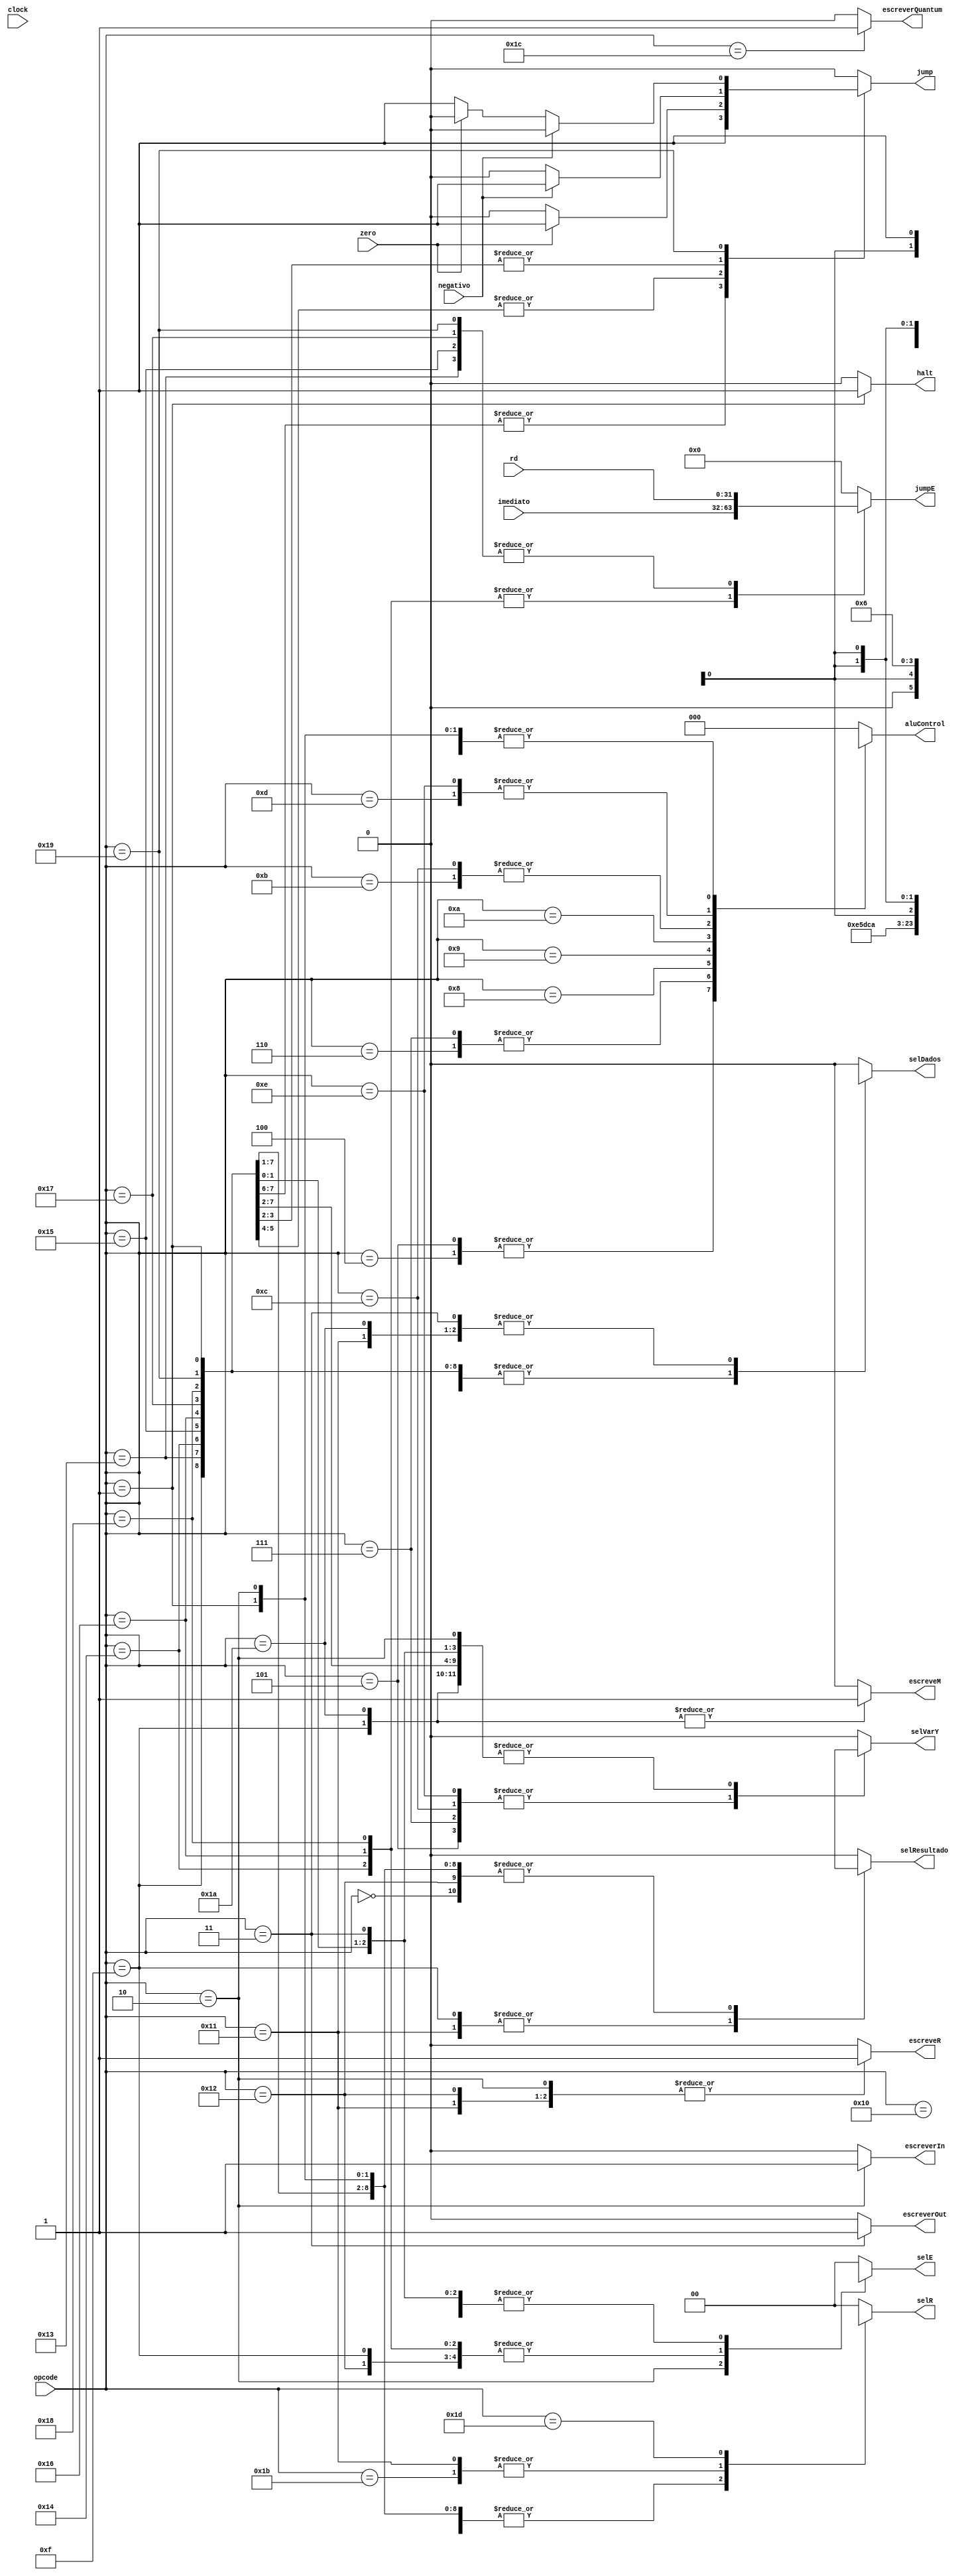
module UniControle (
    clock,
    opcode,
    rd,
    imediato,
    zero,
    negativo,
    aluControl,
    escreveR,
    selR,
    escreveM,
    jump,
    selE,
    selVarY,
    selResultado,
    selDados,
    jumpE,
    halt,
    escreverOut,
    escreverIn,
    escreverQuantum
);

input wire clock;
input wire [4:0] opcode;
input wire [31:0] rd;
input wire [31:0] imediato;
input wire zero, negativo;

output reg [2:0] aluControl;
output reg escreveR;
output reg [1:0] selR;
output reg escreveM;
output reg jump;
output reg [1:0] selE;
output reg selVarY;
output reg selResultado;
output reg selDados;
output reg [31:0] jumpE;
output reg halt;
output reg escreverOut;
output reg escreverIn;
output reg escreverQuantum;

always @(*) begin
    case (opcode)
        5'b00000: begin // NOP
            selDados=1'bx;
            escreveR=1'b0;
            aluControl=3'bxxx;
            selE=2'bxx;
            selVarY=1'bx;
            selR=1'bx;
            selResultado=1'bx;
            escreveM=1'b0;
            jumpE=32'b0;
            jump=1'b0;
            halt=1'b0;
            escreverOut=1'b0;
            escreverIn=1'b0;
            escreverQuantum=1'b0;
        end
        5'b00001: begin // HLT
            selDados=1'bx;
            escreveR=1'b0;
            aluControl=3'bxxx;
            selE=2'bxx;
            selVarY=1'bx;
            selR=1'bx;
            selResultado=1'bx;
            escreveM=1'b0;
            jumpE=32'b0;
            jump=1'b0;
            halt=1'b1;
            escreverOut=1'b0;
            escreverIn=1'b0;
            escreverQuantum=1'b0;
        end
        5'b00010: begin // IN
            selDados=1'b0;
            escreveR=1'b1;
            aluControl=3'bxxx;
            selE=2'b10;
            selVarY=1'bx;
            selR=1'bx;
            selResultado=1'bx;
            escreveM=1'b0;
            jumpE=32'b0;
            jump=1'b0;
            halt=1'b0;
            escreverOut=1'b0;
            escreverIn=1'b1;
            escreverQuantum=1'b0;
        end
        5'b00011: begin // OUT
            selDados=1'b1;
            escreveR=1'b0;
            aluControl=3'b000;
            selE=2'bxx;
            selVarY=1'bx;
            selR=2'b00;
            selResultado=1'b0;
            escreveM=1'b0;
            jumpE=32'b0;
            jump=1'b0;
            halt=1'b0;
            escreverOut=1'b1;
            escreverIn=1'b0;
            escreverQuantum=1'b0;
        end
        5'b00100: begin // AND
            selDados=1'b1;
            escreveR=1'b1;
            aluControl=3'b011;
            selE=2'bxx;
            selVarY=1'b0;
            selR=2'b00;
            selResultado=1'b0;
            escreveM=1'b0;
            jumpE=32'b0;
            jump=1'b0;
            halt=1'b0;
            escreverOut=1'b0;
            escreverIn=1'b0;
            escreverQuantum=1'b0;
        end
        5'b00101: begin // ANDI
            selDados=1'b1;
            escreveR=1'b1;
            aluControl=3'b011;
            selE=2'b00;
            selVarY=1'b1;
            selR=2'b00;
            selResultado=1'b0;
            escreveM=1'b0;
            jumpE=32'b0;
            jump=1'b0;
            halt=1'b0;
            escreverOut=1'b0;
            escreverIn=1'b0;
            escreverQuantum=1'b0;
        end
        5'b00110: begin // OR
            selDados=1'b1;
            escreveR=1'b1;
            aluControl=3'b100;
            selE=2'bxx;
            selVarY=1'b0;
            selR=2'b00;
            selResultado=1'b0;
            escreveM=1'b0;
            jumpE=32'b0;
            jump=1'b0;
            halt=1'b0;
            escreverOut=1'b0;
            escreverIn=1'b0;
            escreverQuantum=1'b0;
        end
        5'b00111: begin // ORI
            selDados=1'b1;
            escreveR=1'b1;
            aluControl=3'b100;
            selE=2'b00;
            selVarY=1'b1;
            selR=2'b00;
            selResultado=1'b0;
            escreveM=1'b0;
            jumpE=32'b0;
            jump=1'b0;
            halt=1'b0;
            escreverOut=1'b0;
            escreverIn=1'b0;
            escreverQuantum=1'b0;
        end
        5'b01000: begin // MULT
            selDados=1'b1;
            escreveR=1'b1;
            aluControl=3'b101;
            selE=2'bxx;
            selVarY=1'b0;
            selR=2'b00;
            selResultado=1'b0;
            escreveM=1'b0;
            jumpE=32'b0;
            jump=1'b0;
            halt=1'b0;
            escreverOut=1'b0;
            escreverIn=1'b0;
            escreverQuantum=1'b0;
        end
        5'b01001: begin // DIV
            selDados=1'b1;
            escreveR=1'b1;
            aluControl=3'b110;
            selE=2'bxx;
            selVarY=1'b0;
            selR=2'b00;
            selResultado=1'b0;
            escreveM=1'b0;
            jumpE=32'b0;
            jump=1'b0;
            halt=1'b0;
            escreverOut=1'b0;
            escreverIn=1'b0;
            escreverQuantum=1'b0;
        end
        5'b01010: begin // NOT
            selDados=1'b1;
            escreveR=1'b1;
            aluControl=3'b111;
            selE=2'bxx;
            selVarY=1'bx;
            selR=2'b00;
            selResultado=1'b0;
            escreveM=1'b0;
            jumpE=32'b0;
            jump=1'b0;
            halt=1'b0;
            escreverOut=1'b0;
            escreverIn=1'b0;
            escreverQuantum=1'b0;
        end
        5'b01011: begin // ADD
            selDados=1'b1;
            escreveR=1'b1;
            aluControl=3'b001;
            selE=2'bxx;
            selVarY=1'b0;
            selR=2'b00;
            selResultado=1'b0;
            escreveM=1'b0;
            jumpE=32'b0;
            jump=1'b0;
            halt=1'b0;
            escreverOut=1'b0;
            escreverIn=1'b0;
            escreverQuantum=1'b0;
        end
        5'b01100: begin // ADDI
            selDados=1'b1;
            escreveR=1'b1;
            aluControl=3'b001;
            selE=2'b00;
            selVarY=1'b1;
            selR=2'b00;
            selResultado=1'b0;
            escreveM=1'b0;
            jumpE=32'b0;
            jump=1'b0;
            halt=1'b0;
            escreverOut=1'b0;
            escreverIn=1'b0;
            escreverQuantum=1'b0;
        end
        5'b01101: begin // SUB
            selDados=1'b1;
            escreveR=1'b1;
            aluControl=3'b010;
            selE=2'bxx;
            selVarY=1'b0;
            selR=2'b00;
            selResultado=1'b0;
            escreveM=1'b0;
            jumpE=32'b0;
            jump=1'b0;
            halt=1'b0;
            escreverOut=1'b0;
            escreverIn=1'b0;
            escreverQuantum=1'b0;
        end
        5'b01110: begin // SUBI
            selDados=1'b1;
            escreveR=1'b1;
            aluControl=3'b010;
            selE=2'b00;
            selVarY=1'b1;
            selR=2'b00;
            selResultado=1'b0;
            escreveM=1'b0;
            jumpE=32'b0;
            jump=1'b0;
            halt=1'b0;
            escreverOut=1'b0;
            escreverIn=1'b0;
            escreverQuantum=1'b0;
        end
        5'b01111: begin // STORE
            selDados=1'bx;
            escreveR=1'b0;
            aluControl=3'bxxx;
            selE=2'b01;
            selVarY=1'bx;
            selR=1'bx;
            selResultado=1'b1;
            escreveM=1'b1;
            jumpE=32'b0;
            jump=1'b0;
            halt=1'b0;
            escreverOut=1'b0;
            escreverIn=1'b0;
            escreverQuantum=1'b0;
        end
        5'b10000: begin // MOVE
            selDados=1'b1;
            escreveR=1'b1;
            aluControl=3'b000;
            selE=2'bxx;
            selVarY=1'bx;
            selR=2'b00;
            selResultado=1'b0;
            escreveM=1'b0;
            jumpE=32'b0;
            jump=1'b0;
            halt=1'b0;
            escreverOut=1'b0;
            escreverIn=1'b0;
            escreverQuantum=1'b0;
        end
        5'b10001: begin // LOAD
            selDados=1'b1;
            escreveR=1'b1;
            aluControl=3'bxxx;
            selE=2'bxx;
            selVarY=1'bx;
            selR=2'b01;
            selResultado=1'b1;
            escreveM=1'b0;
            jumpE=32'b0;
            jump=1'b0;
            halt=1'b0;
            escreverOut=1'b0;
            escreverIn=1'b0;
            escreverQuantum=1'b0;
        end
        5'b10010: begin // LOADI
            selDados=1'b0;
            escreveR=1'b1;
            aluControl=3'bxxx;
            selE=2'b01;
            selVarY=1'bx;
            selR=1'bx;
            selResultado=1'bx;
            escreveM=1'b0;
            jumpE=32'b0;
            jump=1'b0;
            halt=1'b0;
            escreverOut=1'b0;
            escreverIn=1'b0;
            escreverQuantum=1'b0;
        end
        5'b10011: begin // J
            selDados=1'bx;
            escreveR=1'b0;
            aluControl=3'bxxx;
            selE=2'bxx;
            selVarY=1'bx;
            selR=1'bx;
            selResultado=1'bx;
            escreveM=1'b0;
            jumpE=rd;
            jump=1'b1;
            halt=1'b0;
            escreverOut=1'b0;
            escreverIn=1'b0;
            escreverQuantum=1'b0;
        end
        5'b10100: begin // JI
            selDados=1'bx;
            escreveR=1'b0;
            aluControl=3'bxxx;
            selE=2'b01;
            selVarY=1'bx;
            selR=1'bx;
            selResultado=1'bx;
            escreveM=1'b0;
            jumpE=imediato;
            jump=1'b1;
            halt=1'b0;
            escreverOut=1'b0;
            escreverIn=1'b0;
            escreverQuantum=1'b0;
        end
        5'b10101: begin // JZ
            selDados=1'bx;
            escreveR=1'b0;
            aluControl=3'b000;
            selE=2'bxx;
            selVarY=1'bx;
            selR=1'bx;
            selResultado=1'bx;
            escreveM=1'b0;
            jumpE=rd;
            if (zero == 1'b1) jump = 1'b1;
            else jump = 1'b0;
            halt=1'b0;
            escreverOut=1'b0;
            escreverIn=1'b0;
            escreverQuantum=1'b0;
        end
        5'b10110: begin // JZI
            selDados=1'bx;
            escreveR=1'b0;
            aluControl=3'bxxx;
            selE=2'b01;
            selVarY=1'bx;
            selR=1'bx;
            selResultado=1'bx;
            escreveM=1'b0;
            jumpE=imediato;
            if (zero == 1'b1) jump = 1'b1;
            else jump = 1'b0;
            halt=1'b0;
            escreverOut=1'b0;
            escreverIn=1'b0;
            escreverQuantum=1'b0;
        end
        5'b10111: begin // JN
            selDados=1'bx;
            escreveR=1'b0;
            aluControl=3'b000;
            selE=2'bxx;
            selVarY=1'bx;
            selR=1'bx;
            selResultado=1'bx;
            escreveM=1'b0;
            jumpE=rd;
            if (negativo == 1'b1) jump = 1'b1;
            else jump = 1'b0;
            halt=1'b0;
            escreverOut=1'b0;
            escreverIn=1'b0;
            escreverQuantum=1'b0;
        end
        5'b11000: begin // JNI
            selDados=1'bx;
            escreveR=1'b0;
            aluControl=3'b000;
            selE=2'b01;
            selVarY=1'bx;
            selR=1'bx;
            selResultado=1'bx;
            escreveM=1'b0;
            jumpE=imediato;
            if (negativo == 1'b1) jump = 1'b1;
            else jump = 1'b0;
            halt=1'b0;
            escreverOut=1'b0;
            escreverIn=1'b0;
            escreverQuantum=1'b0;
        end
        5'b11001: begin // JP
            selDados=1'bx;
            escreveR=1'b0;
            aluControl=3'b000;
            selE=2'bxx;
            selVarY=1'bx;
            selR=1'bx;
            selResultado=1'bx;
            escreveM=1'b0;
            jumpE=rd;
            if (negativo == 1'b0) begin
                if (zero == 1'b0) begin
                    jump = 1'b1;
                end else begin
                    jump = 1'b0;
                end
            end else begin
            jump = 1'b0;
            end
            halt=1'b0;
            escreverOut=1'b0;
            escreverIn=1'b0;
            escreverQuantum=1'b0;
        end
        5'b11010: begin // STORER (RS RD)
            selDados=1'b1;
            escreveR=1'b0;
            aluControl=3'b000;
            selE=2'bxx;
            selVarY=1'bx;
            selR=2'b00;
            selResultado=1'b0;
            escreveM=1'b1;
            jumpE=32'b0;
            jump=1'b0;
            halt=1'b0;
            escreverOut=1'b0;
            escreverIn=1'b0;
            escreverQuantum=1'b0;
        end
        5'b11011: begin // LOADR (RD RS)
            selDados=1'b1;
            escreveR=1'b1;
            aluControl=3'b000;
            selE=2'bxx;
            selVarY=1'bx;
            selR=2'b01;
            selResultado=1'b0;
            escreveM=1'b0;
            jumpE=32'b0;
            jump=1'b0;
            halt=1'b0;
            escreverOut=1'b0;
            escreverIn=1'b0;
            escreverQuantum=1'b0;
        end
        5'b11100: begin // QTM
            selDados=1'b1;
            escreveR=1'b0;
            aluControl=3'b000;
            selE=2'bxx;
            selVarY=1'bx;
            selR=2'b00;
            selResultado=1'b0;
            escreveM=1'b0;
            jumpE=32'b0;
            jump=1'b0;
            halt=1'b0;
            escreverOut=1'b0;
            escreverIn=1'b0;
            escreverQuantum=1'b1;
        end
        5'b11101: begin // PC (igual LOADR)
            selDados=1'b1;
            escreveR=1'b1;
            aluControl=3'b000;
            selE=2'bxx;
            selVarY=1'bx;
            selR=2'b10;
            selResultado=1'b0;
            escreveM=1'b0;
            jumpE=32'b0;
            jump=1'b0;
            halt=1'b0;
            escreverOut=1'b0;
            escreverIn=1'b0;
            escreverQuantum=1'b0;
        end
        default: begin
            selDados=1'b0;
            escreveR=1'b0;
            aluControl=3'b000;
            selE=2'b00;
            selVarY=1'b0;
            selR=2'b00;
            selResultado=1'b0;
            escreveM=1'b0;
            jumpE=32'b0;
            jump=1'b0;
            halt=1'b0;
            escreverOut=1'b0;
            escreverIn=1'b0;
            escreverQuantum=1'b0;
        end
    endcase

end

endmodule